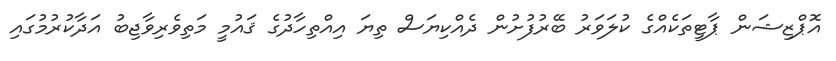
އޮޕްޒިޝަން ޕާޓީތަކެއްގެ ކުލަވަރު ބޭރުފުށުން ދެއްކިޔަސް ތިޔަ އިއްތިހާދުގެ ޤައުމީ މަތިވެރިވާޖިބު އަދާކުރުމުގައި